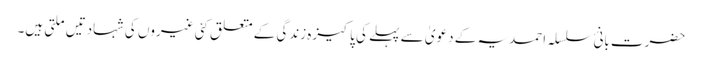
حضرت بانئ سلسلہ احمدیہ کے دعویٰ سے پہلے کی پاکیزہ زندگی کے متعلق کئی غیروں کی شہادتیں ملتی ہیں۔